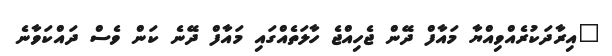
"އިރާދަކުރެއްވިއްޔާ މައާފް ދޭން ޖެހިއްޖެ ހާލަތެއްގައި މައާފް ދޭނެ ކަން ވެސް ދައްކަވާނެ